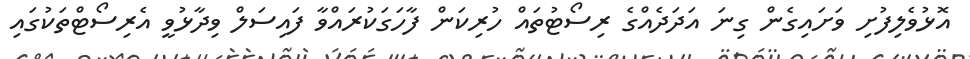
އޮޅުވެލިފުށި ވަށައިގެން ގިނަ އަދަދެއްގެ ރިސޯޓުތައް ހުރިކަން ފާހަގަކުރައްވާ ފައިސަލް ވިދާޅުވީ އެރިސޯޓްތަކުގައި